Report of the King Institute of Preventive Medicine, Guindy
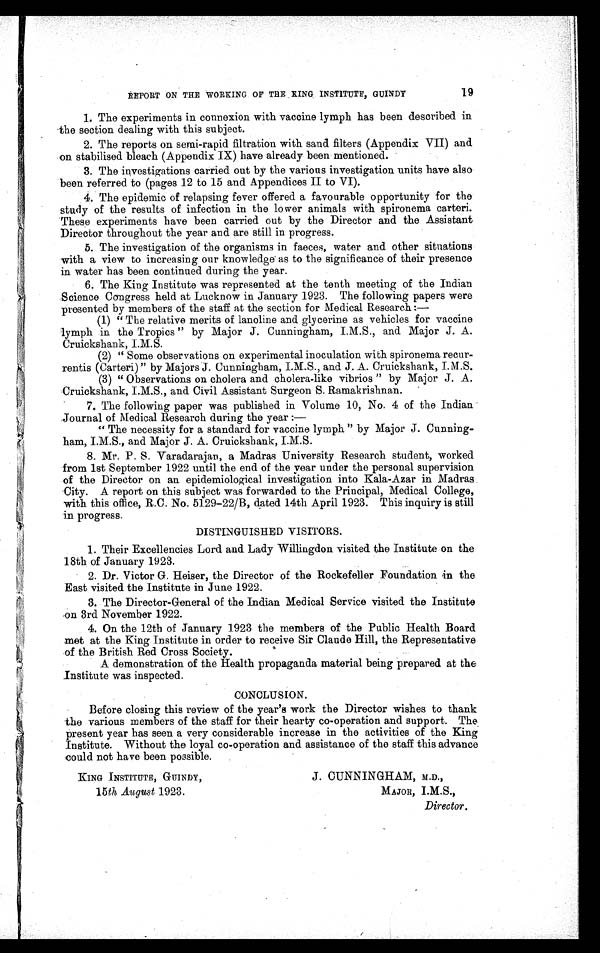
KING INSTITUTE, GUINDY,
1 5 t hAu g u s t 1 9 2 3 .
J. CUNNINGHAM, M.D.,
MAJOR, I.M. S.,
Director.
19
REPORT ON THE WORKING OF THE KING INSTITUTE, GUINDY
1. The experiments in connexion with vaccine lymph has been described in
the section dealing with this subject.
2. The reports on semi-rapid filtration with sand filters (Appendix VII) and
on stabilised bleach (Appendix IX) have already been mentioned.
3. The investigations carried out by the various investigation units have also
been referred to (pages 12 to 15 and Appendices II to VI).
4. The epidemic of relapsing fever offered a favourable opportunity for the
study of the results of infection in the lower animals with spironema carteri.
These experiments have been carried out by the Director and the Assistant
Director throughout the year and are still in progress.
5. The investigation of the organisms in faeces, water and other situations
with a view to increasing our knowledge as to the significance of their presence
in water has been continued during the year.
6. The King Institute was represented at the tenth meeting of the Indian
Science Congress held at Lucknow in January 1923. The following papers were
presented by members of the staff at the section for Medical Research:
—
(1) "The relative merits of lanoline and glycerine as vehicles for vaccine
lymph in the Tropics" by Major J. Cunningham, I.M.S., and Major J. A.
Cruickshank, I.M.S.
(2) "Some observations on experimental inoculation with spironema recur
-rentis (Carteri)" by Majors J. Cunningham, I.M.S., and J. A. Cruickshank, I.M.S.
(3) "Observations on cholera and cholera-like vibrios" by Major J. A.
Cruickshank, I.M.S., and Civil Assistant Surgeon S. Ramakrishnan.
7. The following paper was published in Volume 10, No. 4 of the Indian
Journal of Medical Research during the year:
—
"The necessity for a standard for vaccine lymph" by Major J. Cunning
- h a m , I . M . S . , a n d M a j o r J . A . C r u i c k s h a n k , I . M . S .
8. Mr. P. S. Varadarajan, a Madras University Research student, worked
from 1st September 1922 until the end of the year under the personal supervision
of the Director on an epidemiological investigation into Kala-Azar in Madras
City. A report on this subject was forwarded to the Principal, Medical College,
with this office, R.C. No. 5129-22/B, dated 14th April 1923. This inquiry is still
in progress.
DISTINGUISHED VISITORS.
1. Their Excellencies Lord and Lady Willingdon visited the Institute on the
18th of January 1923.
2. Dr. Vi ct or G. Hei ser, t he Di rect or of t he Rockefel l er Foundat i on i n t he
East visited the Institute in June 1922.
3. The Di rect or-General of t he Indi an Medi cal Servi ce vi si t ed t he Inst i t ut e
on 3rd November 1922.
4. On t he 12t h of January 1923 t he members of t he Publ i c Heal t h Board
met at the King institute in order to receive Sir Claude Hill, the Representative
of the British Red Cross Society.
A demonstration of the Health propaganda material being prepared at the
Institute was inspected.
CONCLUSION.
Before closing this review of the year's work the Director wishes to thank
the various members of the staff for their hearty co-operation and support. The
present year has seen a very considerable increase in the activities of the King
Institute. Without the loyal co-operation and assistance of the staff this advance
could not have been possible.